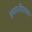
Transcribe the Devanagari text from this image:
इमारतींइतक्या